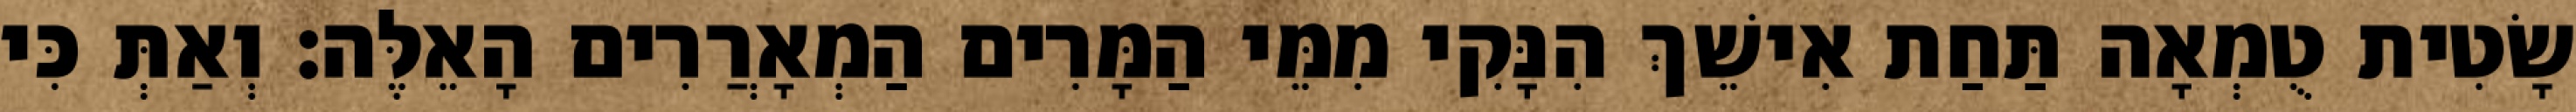
שָׂטִית טֻמְאָה תַּחַת אִישֵׁךְ הִנָּקִי מִמֵּי הַמָּרִים הַמְאָרֲרִים הָאֵלֶּה׃ וְאַתְּ כִּי